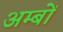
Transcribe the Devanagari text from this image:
अम्बों